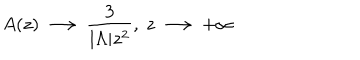
A ( z ) \, \longrightarrow \, \frac { 3 } { | { \Lambda } | z ^ { 2 } } , ~ z \, \longrightarrow \, + \infty